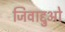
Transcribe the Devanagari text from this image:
जिवाद्दुओ